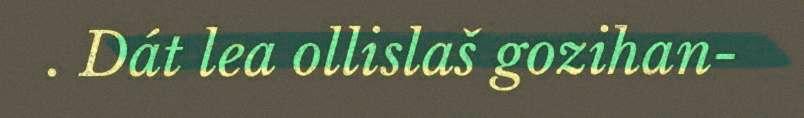
. Dát lea ollislaš gozihan-